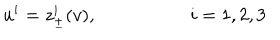
u ^ { i } = z _ { \pm } ^ { i } ( v ) , \quad \quad \quad \quad \quad i = 1 , 2 , 3